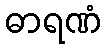
ဓာရဏံ